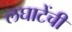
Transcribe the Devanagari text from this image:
लघाटेंची